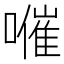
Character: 𡀰